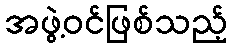
အဖွဲ့ဝင်ဖြစ်သည့်